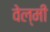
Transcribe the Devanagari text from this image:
वेल्मी